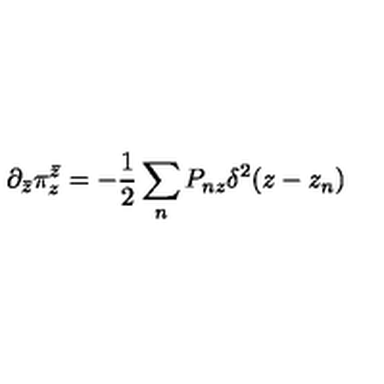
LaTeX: \partial _ { \bar { z } } \pi _ { z } ^ { \bar { z } } = - \frac { 1 } { 2 } \sum _ { n } P _ { n z } \delta ^ { 2 } ( z - z _ { n } )